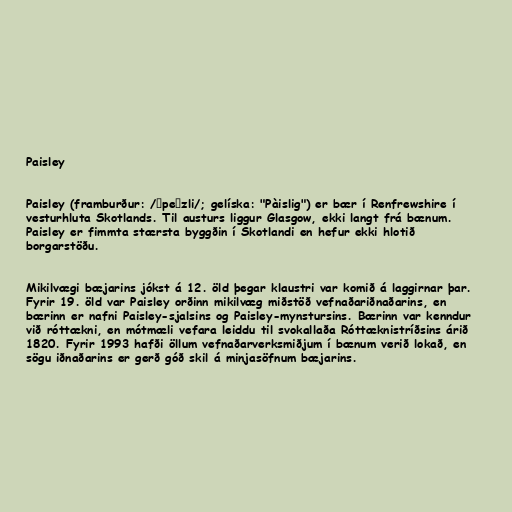
Paisley

Paisley (framburður: /ˈpeɪzli/; gelíska: "Pàislig") er bær í Renfrewshire í
vesturhluta Skotlands. Til austurs liggur Glasgow, ekki langt frá bænum.
Paisley er fimmta stærsta byggðin í Skotlandi en hefur ekki hlotið
borgarstöðu.

Mikilvægi bæjarins jókst á 12. öld þegar klaustri var komið á laggirnar þar.
Fyrir 19. öld var Paisley orðinn mikilvæg miðstöð vefnaðariðnaðarins, en
bærinn er nafni Paisley-sjalsins og Paisley-mynstursins. Bærinn var kenndur
við róttækni, en mótmæli vefara leiddu til svokallaða Róttæknistríðsins árið
1820. Fyrir 1993 hafði öllum vefnaðarverksmiðjum í bænum verið lokað, en
sögu iðnaðarins er gerð góð skil á minjasöfnum bæjarins.